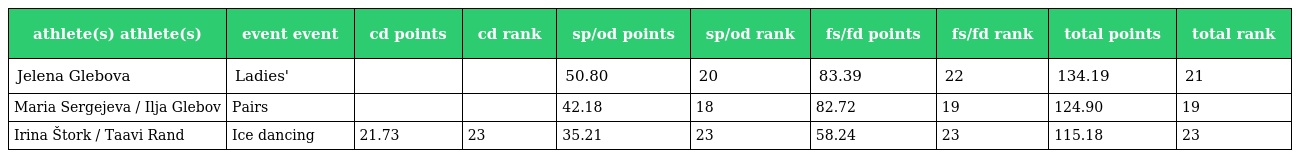
| athlete(s) athlete(s) | event event | cd points | cd rank | sp/od points | sp/od rank | fs/fd points | fs/fd rank | total points | total rank |
 | --- | --- | --- | --- | --- | --- | --- | --- | --- | --- |
 | Jelena Glebova | Ladies' |  |  | 50.80 | 20 | 83.39 | 22 | 134.19 | 21 |
 | Maria Sergejeva / Ilja Glebov | Pairs |  |  | 42.18 | 18 | 82.72 | 19 | 124.90 | 19 |
 | Irina Štork / Taavi Rand | Ice dancing | 21.73 | 23 | 35.21 | 23 | 58.24 | 23 | 115.18 | 23 |